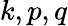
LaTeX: k,p,q